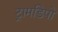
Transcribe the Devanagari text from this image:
ट्रामडिपो